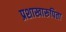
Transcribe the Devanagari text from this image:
प्रशाखारूपिता